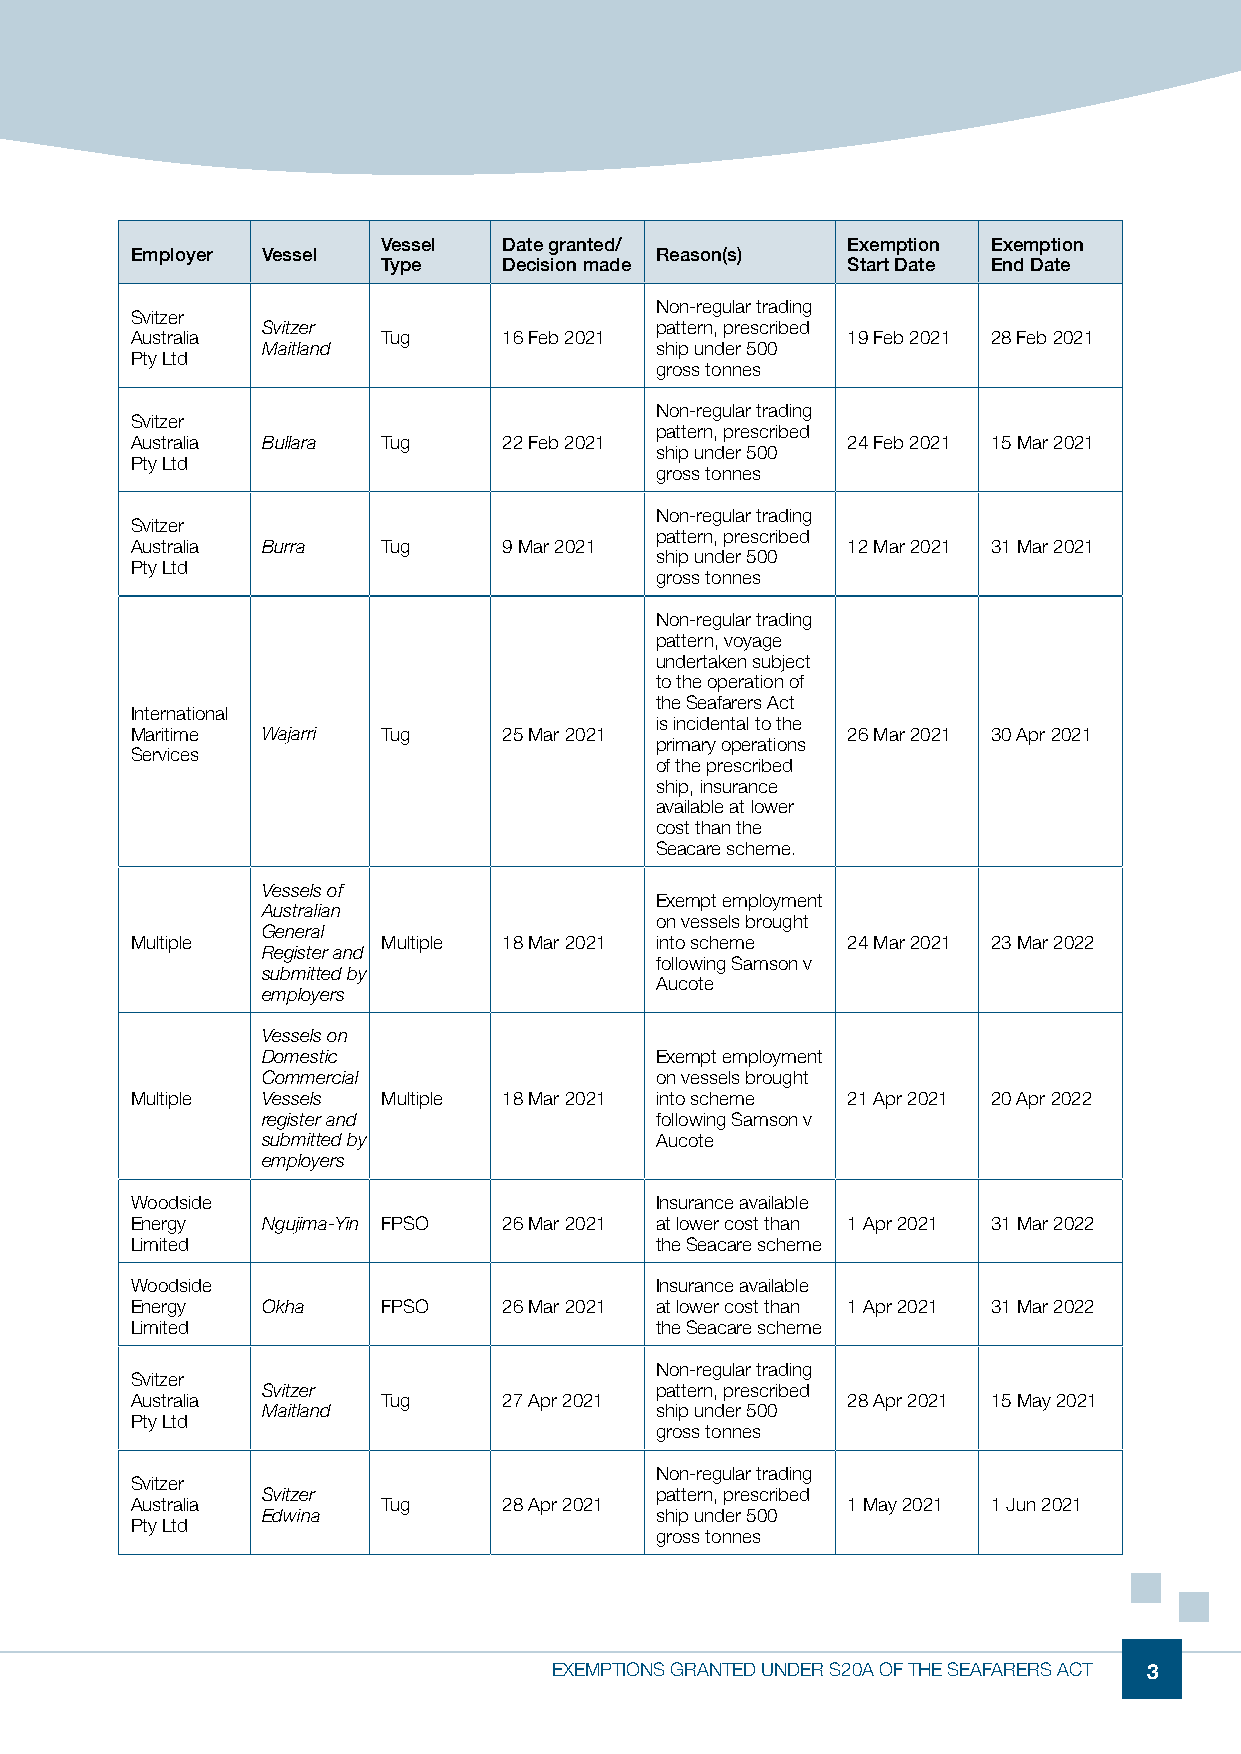
Vessel  Date granted/          Exemption Exemption
 Employer Vessel                   Reason(s)
 Type    Decision made          Start Date End Date
 Non-regular trading
 Svitzer
 Svitzer                   pattern, prescribed
 Australia       Tug     16 Feb 2021            19 Feb 2021 28 Feb 2021
 Maitland                  ship under 500
 Pty Ltd
 gross tonnes
 Non-regular trading
 Svitzer
 pattern, prescribed
 Australia Bullara Tug   22 Feb 2021            24 Feb 2021 15 Mar 2021
 ship under 500
 Pty Ltd
 gross tonnes
 Non-regular trading
 Svitzer
 pattern, prescribed
 Australia Burra Tug     9 Mar 2021             12 Mar 2021 31 Mar 2021
 ship under 500
 Pty Ltd
 gross tonnes
 Non-regular trading
 pattern, voyage
 undertaken subject
 to the operation of
 the Seafarers Act
 International
 is incidental to the
 Maritime Wajarri Tug    25 Mar 2021            26 Mar 2021 30 Apr 2021
 primary operations
 Services
 of the prescribed
 ship, insurance
 available at lower
 cost than the
 Seacare scheme.
 Vessels of
 Exempt employment
 Australian
 on vessels brought
 General
 Multiple        Multiple 18 Mar 2021 into scheme 24 Mar 2021 23 Mar 2022
 Register and
 following Samson v
 submitted by
 Aucote
 employers
 Vessels on
 Domestic                  Exempt employment
 Commercial                on vessels brought
 Multiple Vessels Multiple 18 Mar 2021 into scheme 21 Apr 2021 20 Apr 2022
 register and              following Samson v
 submitted by              Aucote
 employers
 Woodside                          Insurance available
 Energy  Ngujima-Yin FPSO 26 Mar 2021 at lower cost than 1 Apr 2021 31 Mar 2022
 Limited                           the Seacare scheme
 Woodside                          Insurance available
 Energy  Okha    FPSO    26 Mar 2021 at lower cost than 1 Apr 2021 31 Mar 2022
 Limited                           the Seacare scheme
 Non-regular trading
 Svitzer
 Svitzer                   pattern, prescribed
 Australia       Tug     27 Apr 2021            28 Apr 2021 15 May 2021
 Maitland                  ship under 500
 Pty Ltd
 gross tonnes
 Non-regular trading
 Svitzer
 Svitzer                   pattern, prescribed
 Australia       Tug     28 Apr 2021            1 May 2021 1 Jun 2021
 Edwina                    ship under 500
 Pty Ltd
 gross tonnes
 EXEMPTIONS GRANTED UNDER S20A OF THE SEAFARERS ACT 3